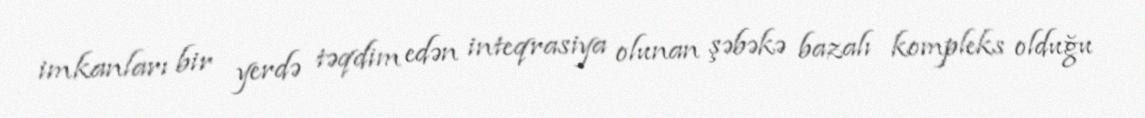
imkanları bir yerdə təqdim edən inteqrasiya olunan şəbəkə bazalı kompleks olduğu